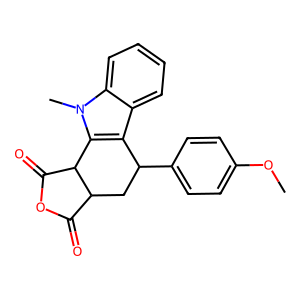
SMILES: COc1ccc(C2CC3C(=O)OC(=O)C3c3c2c2ccccc2n3C)cc1
Inhibits HIV replication: No